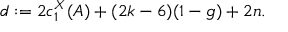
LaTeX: d : = 2 c _ { 1 } ^ { X } ( A ) + ( 2 k - 6 ) ( 1 - g ) + 2 n .